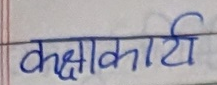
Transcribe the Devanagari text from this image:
कक्षाकार्य